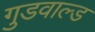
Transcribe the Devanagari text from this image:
गुडवाल्ड